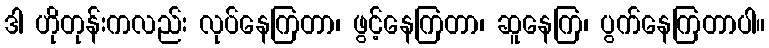
ဒါ ဟိုတုန်းကလည်း လုပ်နေကြတာ၊ ဖွင့်နေကြတာ၊ ဆူနေကြ၊ ပွက်နေကြတာပါ။